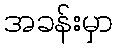
အခန်းမှာ